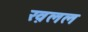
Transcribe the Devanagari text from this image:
ख़लल